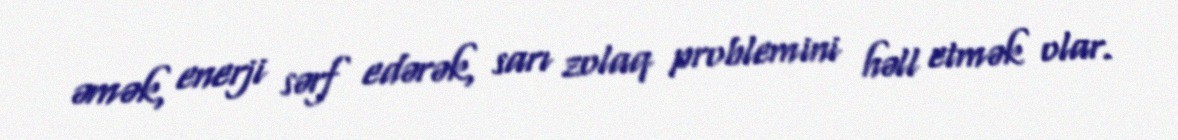
əmək, enerji sərf edərək, sarı zolaq problemini həll etmək olar.